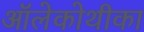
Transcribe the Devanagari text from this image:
ऑलेकोथीका